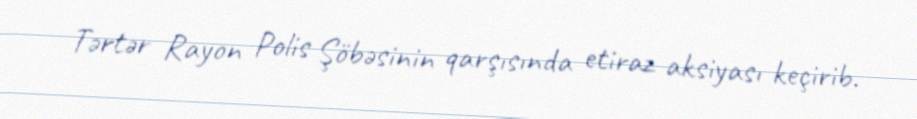
Tərtər Rayon Polis Şöbəsinin qarşısında etiraz aksiyası keçirib.